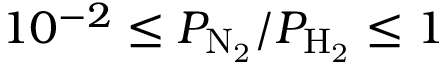
1 0 ^ { - 2 } \le P _ { \mathrm { N _ { 2 } } } / P _ { \mathrm { H _ { 2 } } } \le 1